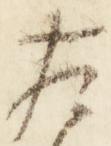
左